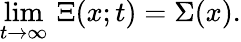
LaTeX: \operatorname*{lim}_{t\rightarrow\infty}\, \Xi(x;t)=\Sigma(x).